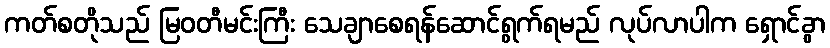
ကတ်စတိုသည် မြဝတီမင်းကြီး သေချာစေရန်ဆောင်ရွက်ရမည် လုပ်လာပါက ရှောင်ခွာ